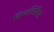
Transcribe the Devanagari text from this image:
निम्‍नलिखित